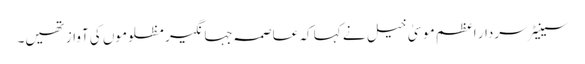
سینیٹر سردار اعظم موسیٰ خیل نے کہا کہ عاصمہ جہانگیر مظلوموں کی آواز تھیں۔